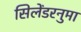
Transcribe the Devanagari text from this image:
सिलेंडरनुमा